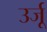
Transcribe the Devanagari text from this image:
उर्जू